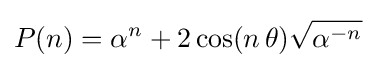
P(n)=\alpha ^{n}+2\cos(n\,\theta ){\sqrt {\alpha ^{-n}}}